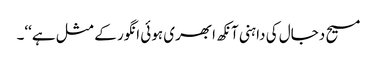
مسیح دجال کی داہنی آنکھ ابھری ہوئی انگور کے مثل ہے‘‘۔